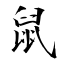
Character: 鼠